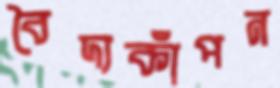
বৈদ্যকাঁপন